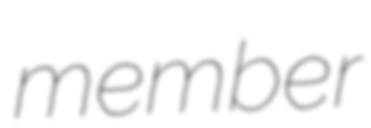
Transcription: member